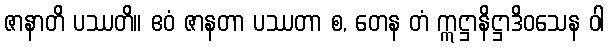
ဇာနာတိ ပဿတိ။ ဧဝံ ဇာနတာ ပဿတာ စ, တေန တံ ဣဋ္ဌာနိဋ္ဌာဒိဝသေန ဝါ